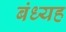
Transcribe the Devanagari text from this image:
बंध्यह